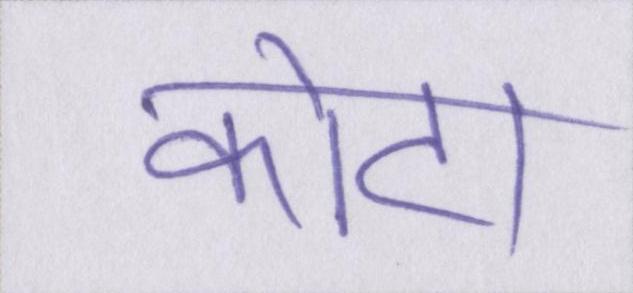
कोटा